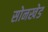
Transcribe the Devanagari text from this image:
सोनखेड